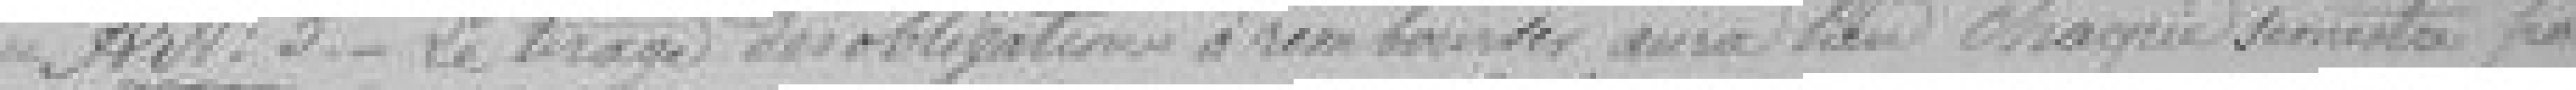
Art. 5. Le tirage des obligations à rembourser aura lieu chaque semestre par